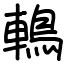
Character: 鿂